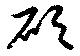
碩